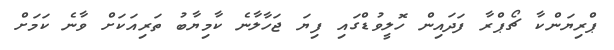
ޕްރިޔަންކާ ޗޯޕްރާ ފަދައިން ހޮލީވުޑްގައި ފިޔަ ޖަހާލާނެ ކާމިޔާބު ތަރިއަކަށް ވާނެ ކަމަށް